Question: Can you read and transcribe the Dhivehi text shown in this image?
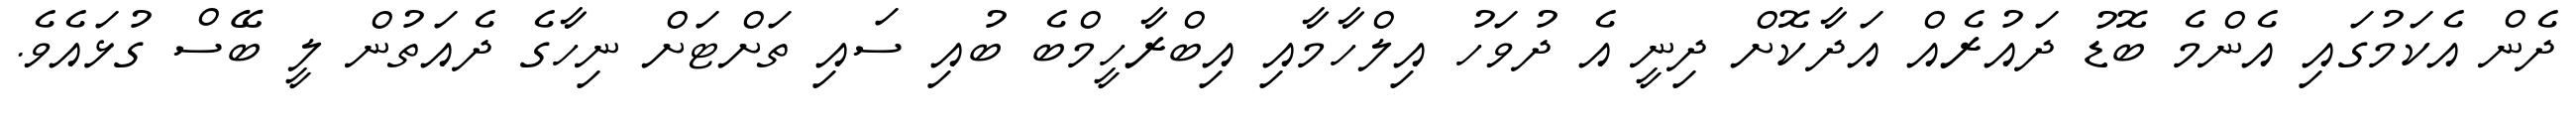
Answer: ދެން އެކަމުގައި އެންމެ ބޮޑު ދައުރެއް އަދާކޮށް ދިނީ އެ ދުވަހު އިލްހާމާއި އިބްރާހީމްބެ ބުއި ސައި ތަށްޓަށް ނިހާގެ ދެއަތުން ލީ ބޭސް ގުޅައެވެ.